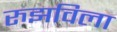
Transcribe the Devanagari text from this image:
रुझविला